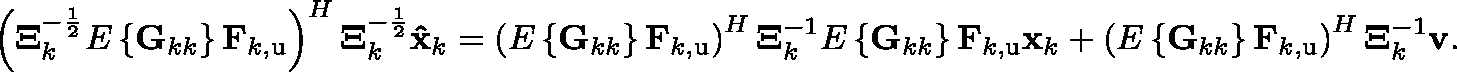
\begin{array} { r } { \left( \mathbf { \Xi } _ { k } ^ { - \frac { 1 } { 2 } } \mathbb { E } \left\{ \mathbf { G } _ { k k } \right\} \mathbf { F } _ { k , \mathrm { u } } \right) ^ { H } \mathbf { \Xi } _ { k } ^ { - \frac { 1 } { 2 } } \mathbf { \hat { x } } _ { k } = \left( \mathbb { E } \left\{ \mathbf { G } _ { k k } \right\} \mathbf { F } _ { k , \mathrm { u } } \right) ^ { H } \mathbf { \Xi } _ { k } ^ { - 1 } \mathbb { E } \left\{ \mathbf { G } _ { k k } \right\} \mathbf { F } _ { k , \mathrm { u } } \mathbf { x } _ { k } + \left( \mathbb { E } \left\{ \mathbf { G } _ { k k } \right\} \mathbf { F } _ { k , \mathrm { u } } \right) ^ { H } \mathbf { \Xi } _ { k } ^ { - 1 } \mathbf { v } . } \end{array}